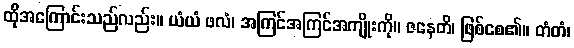
ထိုအကြောင်းသည်လည်း။ ယံယံ ဖလံ၊ အကြင်အကြင်အကျိုးကို။ ဇနေတိ၊ ဖြစ်စေ၏။ တံတံ၊